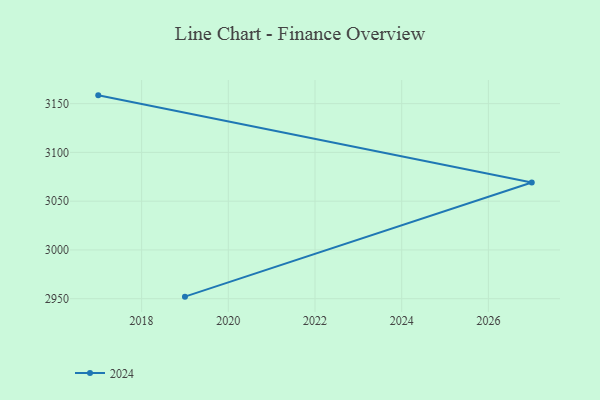
{"axis": {"x": "Year", "y": "Backlog"}, "legend": ["2024"], "data": [{"x": "2019", "y": 2952.1, "type": "2024"}, {"x": "2027", "y": 3069.1, "type": "2024"}, {"x": "2017", "y": 3158.5, "type": "2024"}]}